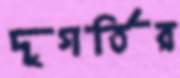
দুগর্তির